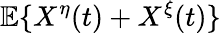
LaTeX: \mathbb{E}\{ X^{\eta}(t)+X^{\xi}(t)\}